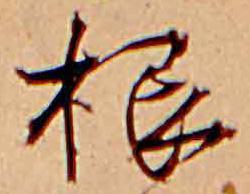
根